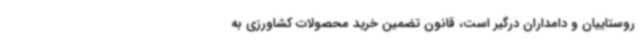
روستاییان و دامداران درگیر است، قانون تضمین خرید محصولات کشاورزی به